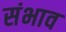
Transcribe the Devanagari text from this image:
संभाव